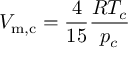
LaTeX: V _ { \mathrm { m , c } } = { \frac { 4 } { 1 5 } } { \frac { R T _ { c } } { p _ { c } } }